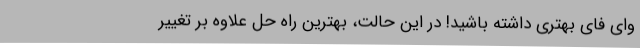
وای فای بهتری داشته باشید! در این حالت،‌ بهترین راه حل علاوه بر تغییر